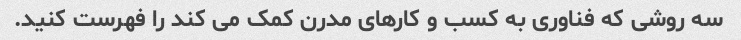
سه روشی که فناوری به کسب و کارهای مدرن کمک می کند را فهرست کنید.